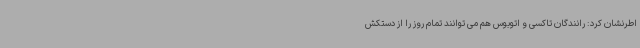
اطرنشان کرد: رانندگان تاکسی و اتوبوس هم می توانند تمام روز را از دستکش